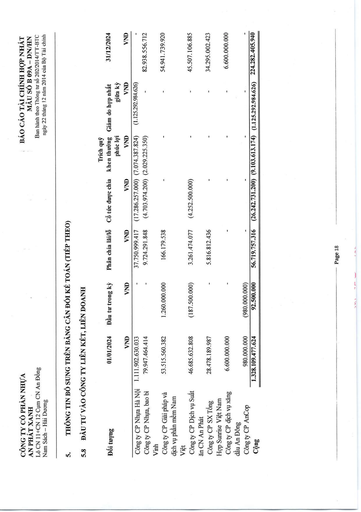
|Đối tượng|01/01/2024|Đầu tư trong kỳ|Phân chia lãi/lỗ|Cổ tức được chia|Trích quỹ khen thưởng phúc lợi|Giảm do hợp nhất giữa kỳ|31/12/2024| |---|---|---|---|---|---|---|---| ||VND|VND|VND|VND|VND|VND|VND| |Công ty CP Nhựa Hà Nội|1.111.902.630.033|-|37.750.999.417|(17.286.257.000)|(7.074.387.824)|(1.125.292.984.626)|| |Công ty CP Nhựa, Bao bì Vinh|79.947.464.414|-|9.724.291.848|(4.703.974.200)|(2.029.225.350)|-|82.938.556.712| |Công ty CP Giải pháp và Dịch vụ Phần mềm Nam|53.515.560.382|1.260.000.000|166.179.538||-|-|54.941.739.920| |Việt|||||||| |Công ty CP Dịch vụ Suất|46.685.632.808|(187.500.000)|3.261.474.077|(4.252.500.000)|-|-|45.507.106.885| |An Phát CN Công ty CP SX Tổng|28.478.189.987|-|5.816.812.436|-|-|-|34.295.002.423| |Sunrise Việt Nam Công ty CP Dịch vụ Xăng dầu An Đông|6.600.000.000|-|-|-|-|-|6.600.000.000| |Công ty CP AnCop|980.000.000|(980.000.000)|-|-|-|-|| |Cộng|1.328.109.477.624|92.500.000|56.719.757.316|(26.242.731.200)|(9.103.613.174)|(1.125.292.984.626)|224.282.405.940| summarize: Báo cáo tài chính hợp nhất của Công ty Cổ phần Nhựa An Phát Xanh, chi tiết về các khoản đầu tư vào các công ty liên kết và liên doanh, bao gồm thông tin về số dư đầu kỳ, đầu tư trong kỳ, phân chia lãi/lỗ, cổ tức, và số dư cuối kỳ. metadata: {'company': 'Công ty Cổ phần Nhựa An Phát Xanh', 'report_type': 'Báo cáo tài chính hợp nhất', 'report_date': '22/12/2014', 'statement': 'Thông tin bổ sung trên bảng cân đối kế toán', 'form_name': 'Mẫu số B 09A - DN/HN', 'period': '01/01/2024 - 31/12/2024'}